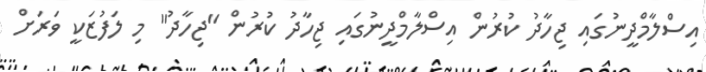
އިސްލާމްދީނުގައި ޖިހާދު ކުރުން އިސްލާމްދީނުގައި ޖިހާދު ކުރުން "ޖިހާދު" މި ލަފުޒަކީ ވަރަށް